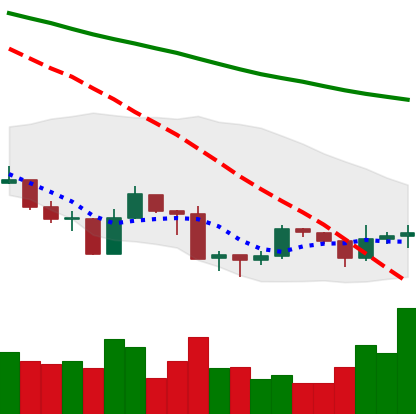
Ticker: ADA-USD
Chart end date: 2019-08-24
Forward return: -10.921%
Label: down_7plus